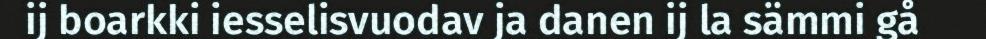
ij boarkki iesselisvuodav ja danen ij la sämmi gå